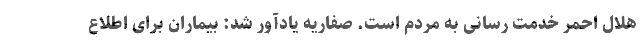
هلال احمر خدمت رسانی به مردم است. صفاریه یادآور شد: بیماران برای اطلاع